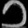
Digit: ၁